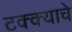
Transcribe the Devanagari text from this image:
टक्क्याचे